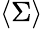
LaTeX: \langle\Sigma\rangle